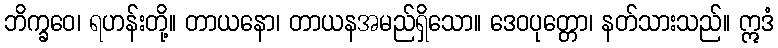
ဘိက္ခဝေ၊ ရဟန်းတို့။ တာယနော၊ တာယနအမည်ရှိသော။ ဒေဝပုတ္တော၊ နတ်သားသည်။ ဣဒံ